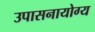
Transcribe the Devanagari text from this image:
उपासनायोग्य